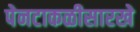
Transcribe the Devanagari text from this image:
पेनटाकळीसारखे